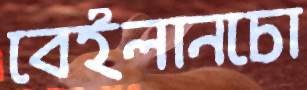
বেইলানচো